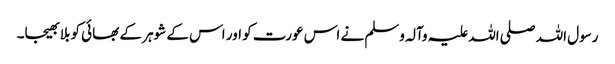
رسول اللہ صلی اللہ علیہ وآلہ وسلم نے اس عورت کو اور اس کے شوہر کے بھائی کو بلا بھیجا۔